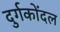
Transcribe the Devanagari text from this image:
दुर्गकोंदल